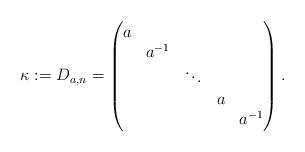
LaTeX: \begin{align*}\kappa := D_{a,n} = \begin{pmatrix}a \\& a^{-1}\\&&\ddots \\&&& a \\&&&& a^{-1}\end{pmatrix}.\end{align*}